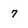
Character: 7